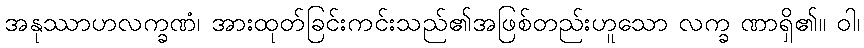
အနုဿာဟလက္ခဏံ၊ အားထုတ်ခြင်းကင်းသည်၏အဖြစ်တည်းဟူသော လက္ခ ဏာရှိ၏။ ဝါ၊